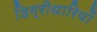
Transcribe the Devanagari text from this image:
डिग्रीधारियों